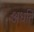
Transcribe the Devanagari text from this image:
अधर्ति